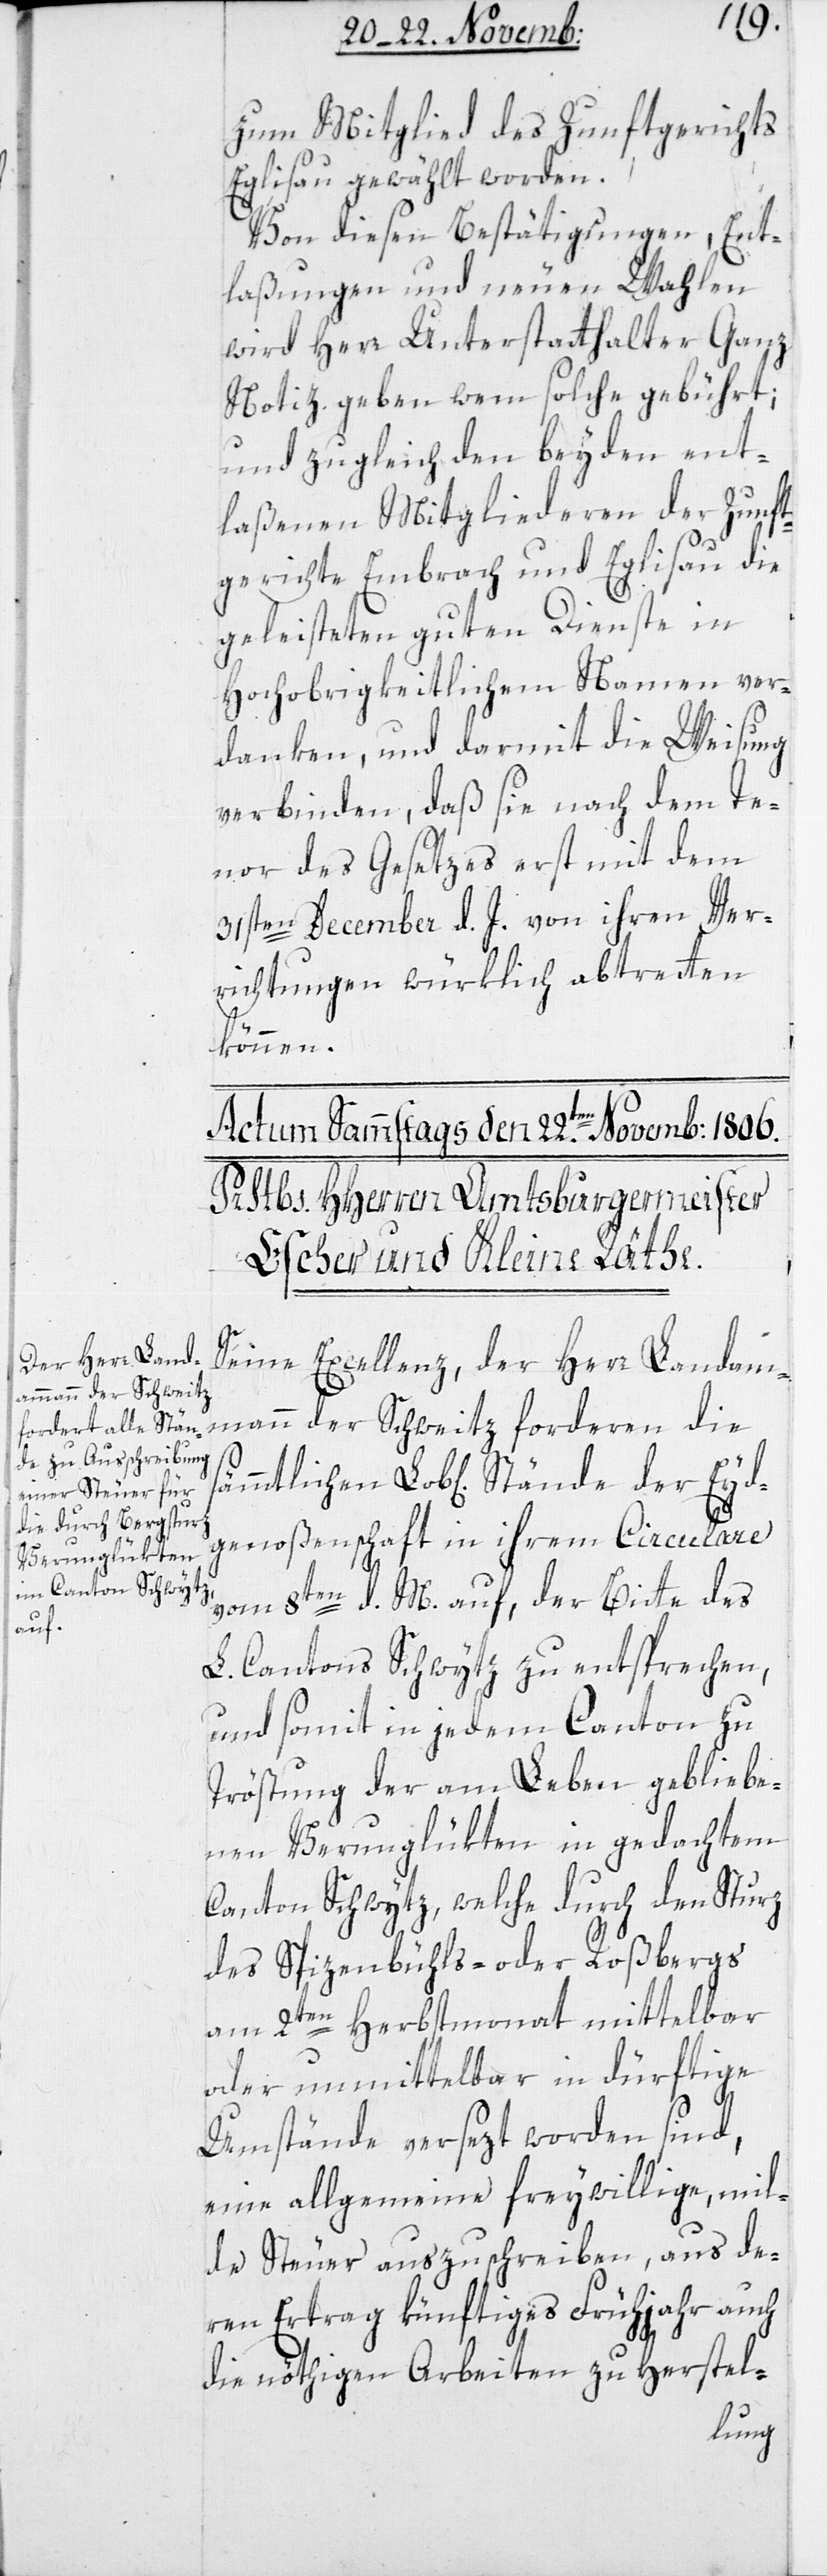
Eyd¬
zum Mitglied des Zunftgerichts
Eglisau gewählt worden.
Von diesen Bestätigungen, Ent¬
laßungen und neuen Wahlen
wird Herr Unterstatthalter Ganz
Notiz geben, wem solche gebührt;
und zugleich den beyden ent¬
laßenen Mitgliederen der Zunft¬
gerichte Embrach und Eglisau die
geleisteten guten Dienste in
Hochobrigkeitlichem Namen ver¬
danken, und darmit die Weisung
verbinden, daß sie nach dem Te¬
nor des Gesetzes erst mit dem
31sten December d. J. von ihren Ver¬
richtungen würklich abtreten
können.
Seine Excellenz der Herr Landam¬
mann der Schweitz forderen die
genoßenschaft in ihrem Circulare
vom 8ten d. M. auf, der Bitte des
L. Cantons Schwytz zu entsprechen,
und somit in jedem Canton zu
Tröstung der am Leben gebliebe¬
nen Verunglükten in gedachtem
Canton Schwytz, welche durch den Sturz
des Spizenbühls- oder Roßbergs
am 2ten Herbstmonat mittelbar
oder unmittelbar in dürftige
Umstände versezt worden sind,
eine allgemeine freywillige, mil¬
de Steuer auszuschreiben, aus de¬
ren Ertrag künftiges Frühjahr auch
die nöthigen Arbeiten zu Herstel-